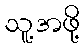
သူ့အဖို့